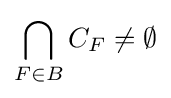
\bigcap _{F\in B}C_{F}\neq \emptyset